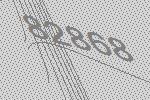
82868